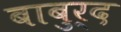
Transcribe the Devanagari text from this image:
बाबुर्द